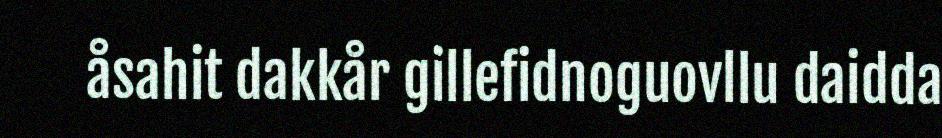
åsahit dakkår gillefidnoguovllu daidda